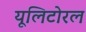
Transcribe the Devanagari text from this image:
यूलिटोरल